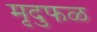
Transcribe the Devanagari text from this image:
मृदुफळ